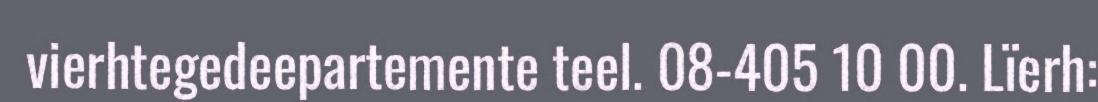
vierhtegedeepartemente teel. 08-405 10 00. Lïerh: